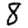
Digit: 8